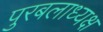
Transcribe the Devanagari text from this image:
पुरबलाध्यक्ष